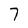
Character: 7